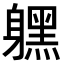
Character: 𨊂